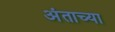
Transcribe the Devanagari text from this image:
अंताच्या